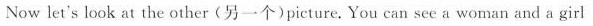
Now let's look at the other(另一个)picture. You can see a woman and a girl